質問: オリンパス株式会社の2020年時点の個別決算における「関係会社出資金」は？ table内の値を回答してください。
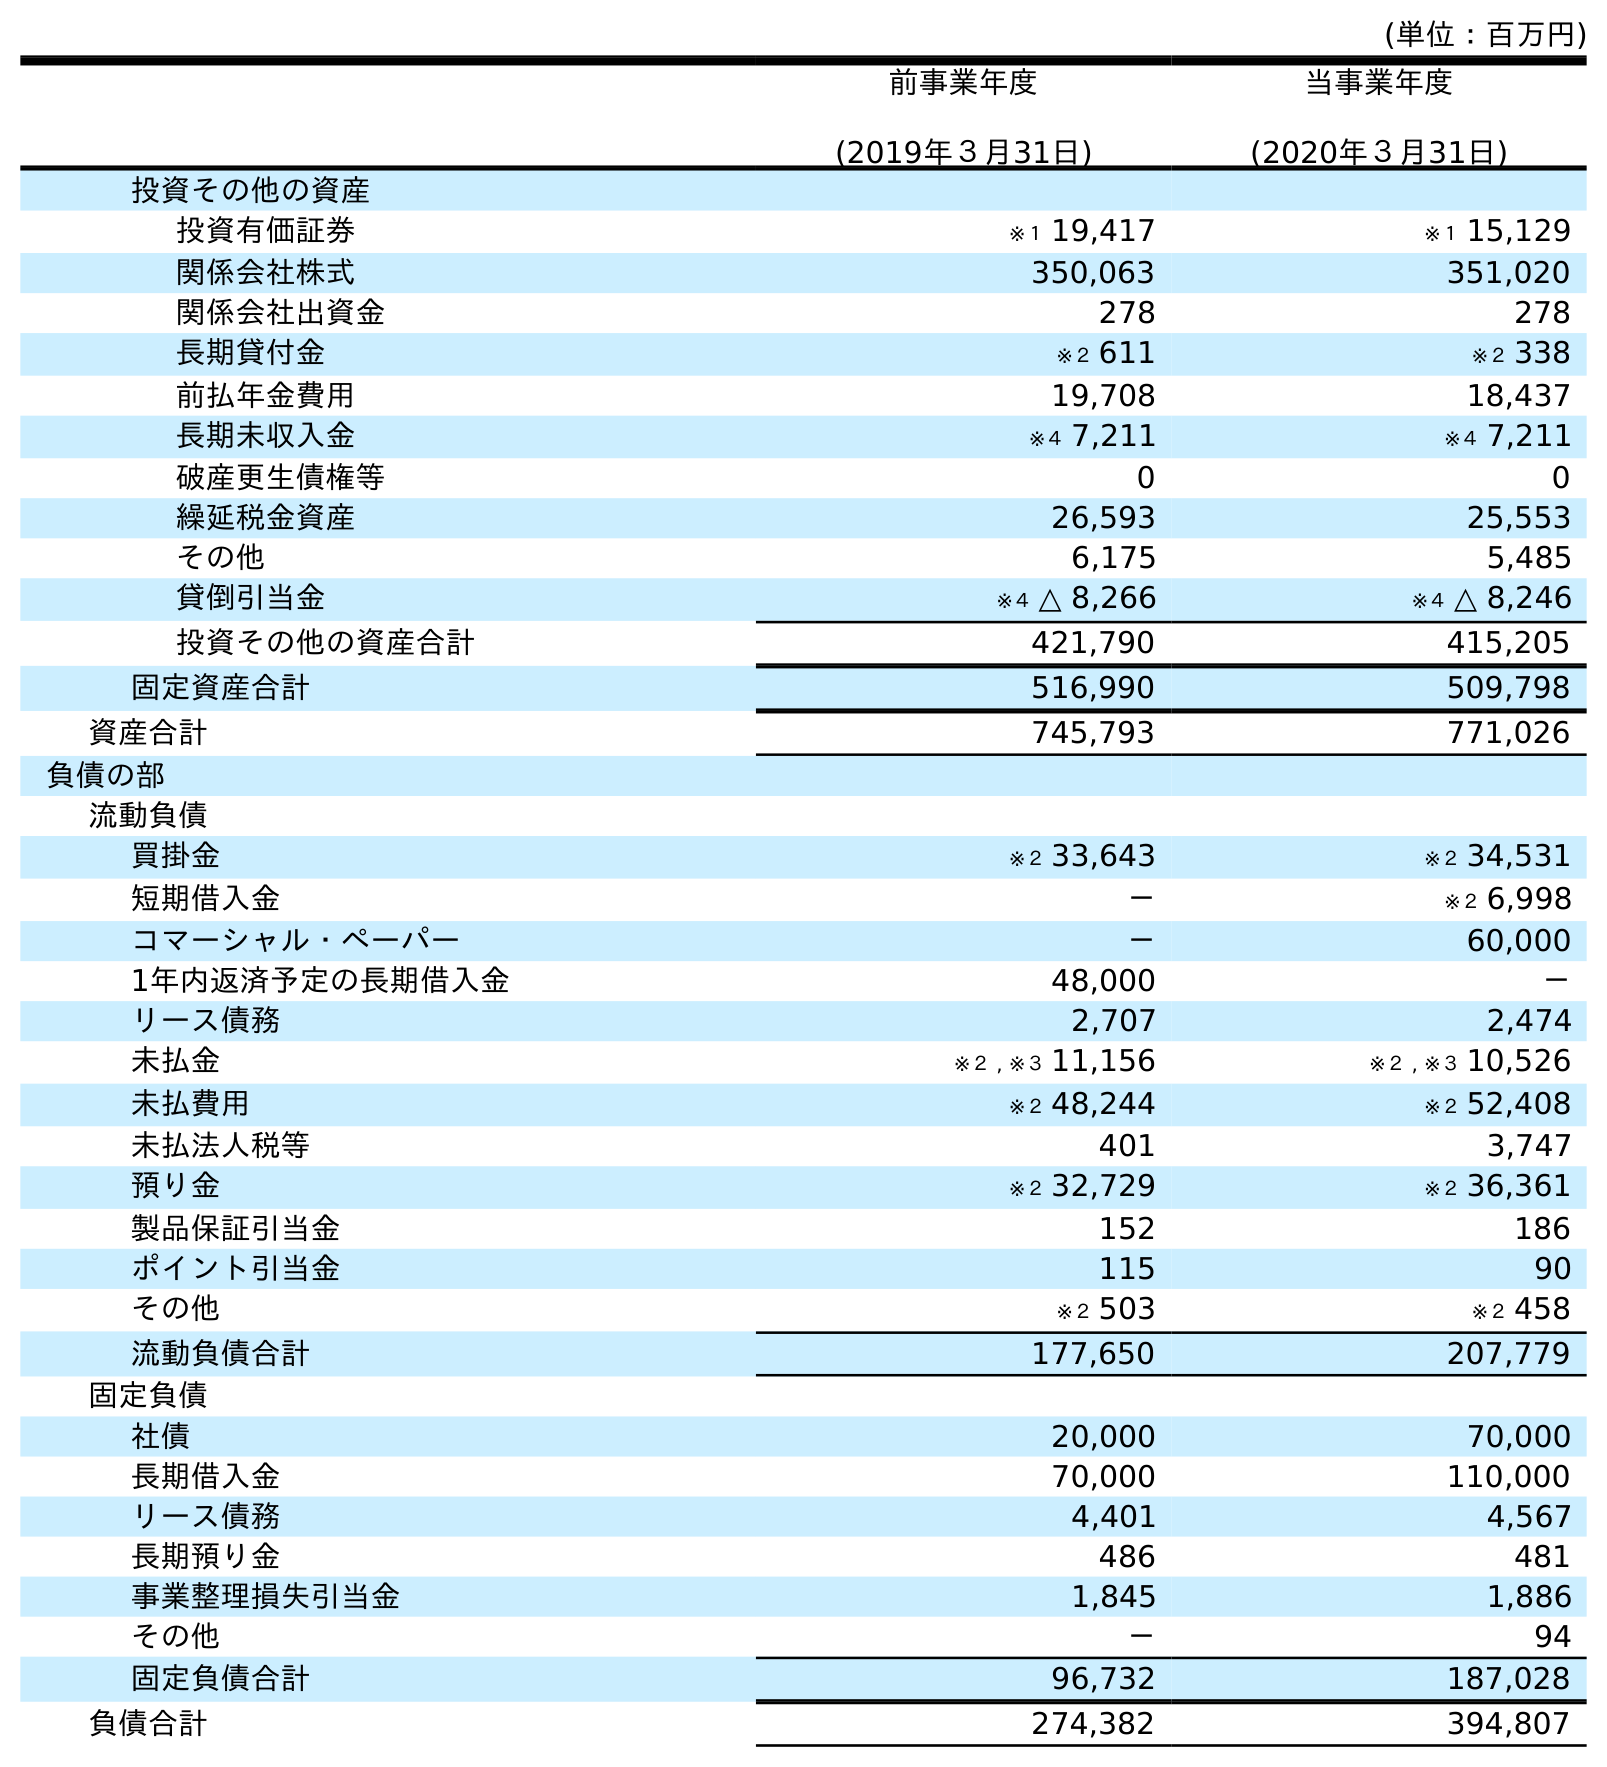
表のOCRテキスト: (単位：百万円) 前事業年度 (2019年３月31日) 当事業年度 (2020年３月31日) 投資その他の資産 投資有価証券 ※１ 19,417 ※１ 15,129 関係会社株式 350,063 351,020 関係会社出資金 278 278 長期貸付金 ※２ 611 ※２ 338 前払年金費用 19,708 18,437 長期未収入金 ※４ 7,211 ※４ 7,211 破産更生債権等 0 0 繰延税金資産 26,593 25,553 その他 6,175 5,485 貸倒引当金 ※４ △ 8,266 ※４ △ 8,246 投資その他の資産合計 421,790 415,205 固定資産合計 516,990 509,798 資産合計 745,793 771,026 負債の部 流動負債 買掛金 ※２ 33,643 ※２ 34,531 短期借入金 － ※２ 6,998 コマーシャル・ペーパー － 60,000 1年内返済予定の長期借入金 48,000 － リース債務 2,707 2,474 未払金 ※２ , ※３ 11,156 ※２ , ※３ 10,526 未払費用 ※２ 48,244 ※２ 52,408 未払法人税等 401 3,747 預り金 ※２ 32,729 ※２ 36,361 製品保証引当金 152 186 ポイント引当金 115 90 その他 ※２ 503 ※２ 458 流動負債合計 177,650 207,779 固定負債 社債 20,000 70,000 長期借入金 70,000 110,000 リース債務 4,401 4,567 長期預り金 486 481 事業整理損失引当金 1,845 1,886 その他 － 94 固定負債合計 96,732 187,028 負債合計 274,382 394,807
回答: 278